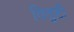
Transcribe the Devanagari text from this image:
वितुष्टी